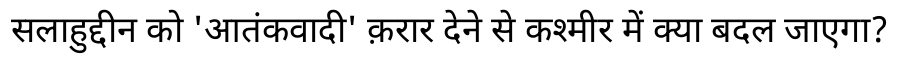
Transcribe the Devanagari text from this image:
सलाहुद्दीन को 'आतंकवादी' क़रार देने से कश्मीर में क्या बदल जाएगा?